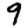
Digit: 9